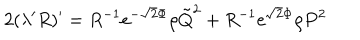
2 ( \lambda ^ { \prime } R ) ^ { \prime } = R ^ { - 1 } \mathrm { e } ^ { - \sqrt { 2 } \Phi } \rho \tilde { Q } ^ { 2 } + R ^ { - 1 } \mathrm { e } ^ { \sqrt { 2 } \Phi } \rho P ^ { 2 }